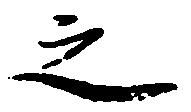
之